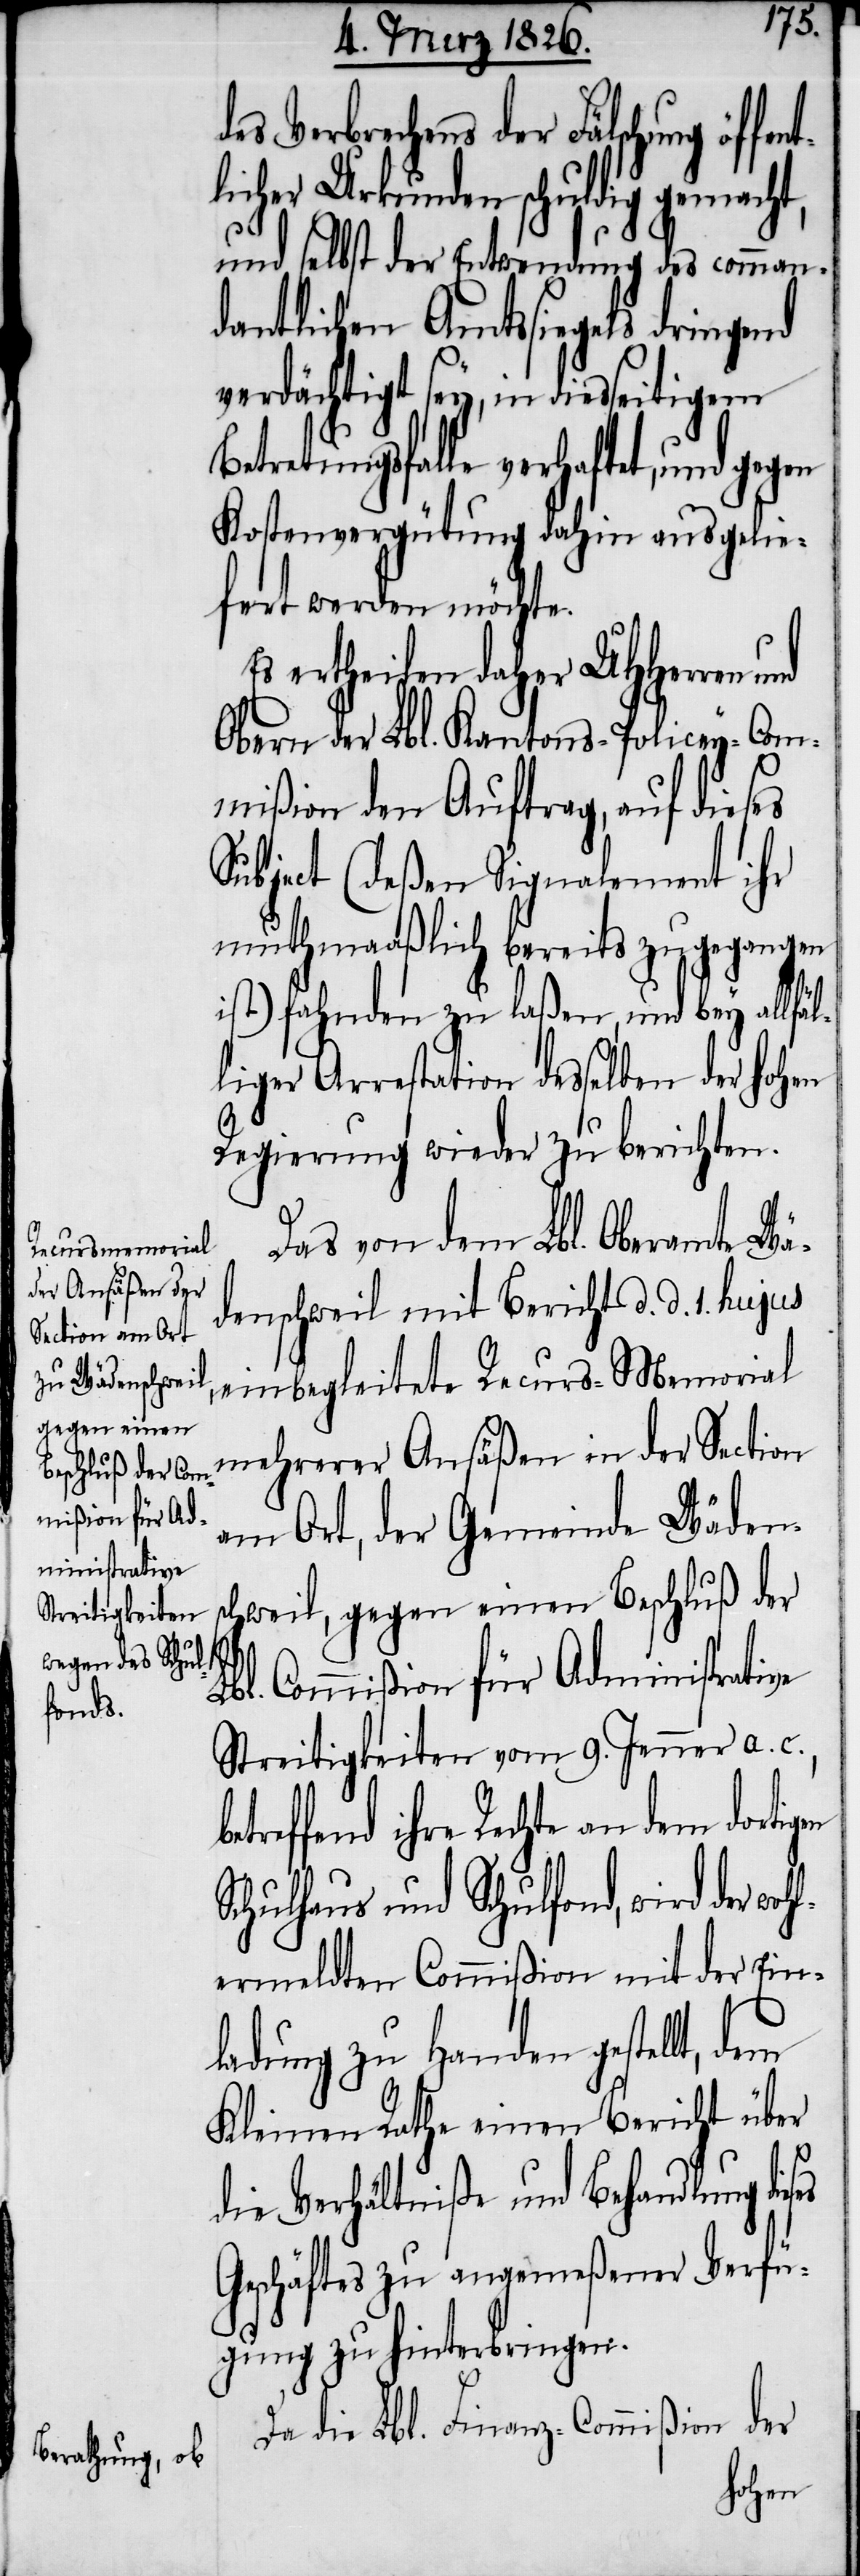
fent¬

des Verbrechens der Fälschung öf¬
licher Urkunden schuldig gemacht,
und selbst der Entwendung des comman¬
dantlichen Amtssiegels dringend
verdächtigt sey, in diesseitigem
Betretungsfalle verhaftet, und gegen
Kostenvergütung dahin ausgelie¬
fert werden möchte.
ertheilen daher UHHerren
Obern der Lbl. Kantons-Policey-Com¬
mißion den Auftrag, auf dieses
Subjekt (deßen Signalement ihr
muthmaaßlich bereits zugegangen
ist) fahnden zu laßen, und bey allfäl¬
liger Arrestation desselben der hohen
Regierung wieder zu berichten.
Das von dem Lbl. Oberamte Wä¬
denschweil mit Bericht d. d. 1. hujus,
einbegleitete Recurs-Memorial
mehrerer Ansäßen in der Section
am Ort, der Gemeinde Wädens¬
chweil, gegen einen Beschluß der
h¬
Lbl. Commißion für Administrative
Streitigkeiten vom 9. Jenner a. c.,
etreffend ihre Rechte an dem dortigen
Schulhaus und Schulfond, wird der wo¬
lermeldten Commißion mit der Ein¬
ladung zu Handen gestellt, dem
Kleinen Rath einen Bericht über
die Verhältniße und Behandlung die¬
Geschäftes zu angemeßener Verfü¬
gung zu hinterbringen.
der
Da die Lbl. Finanz-Commißion